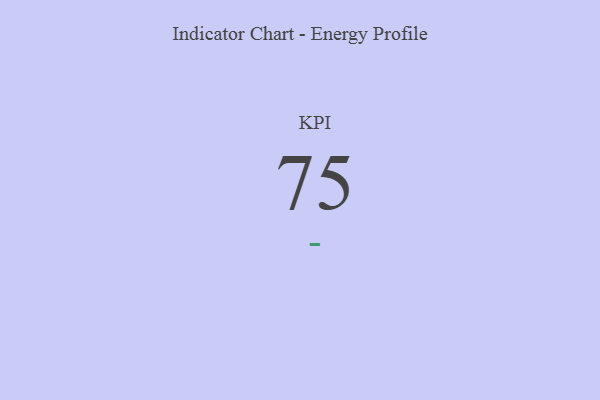
{"axis": {"x": "KPI", "y": "Value"}, "legend": [""], "data": [{"x": "KPI", "y": 75, "type": ""}]}